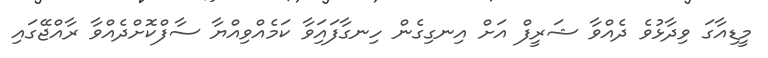
މީޑިއާގަ ވިދާޅުވެ ދެއްވާ ޝަރީފް އަށް އިނގިގެން ހިނގާފައިަވާ ކަމެއްވިއްޔާ ސާފްކޮށްދެއްވާ ރާއްޖޭގައި